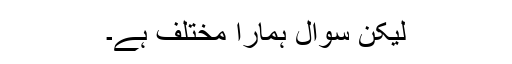
لیکن سوال ہمارا مختلف ہے۔